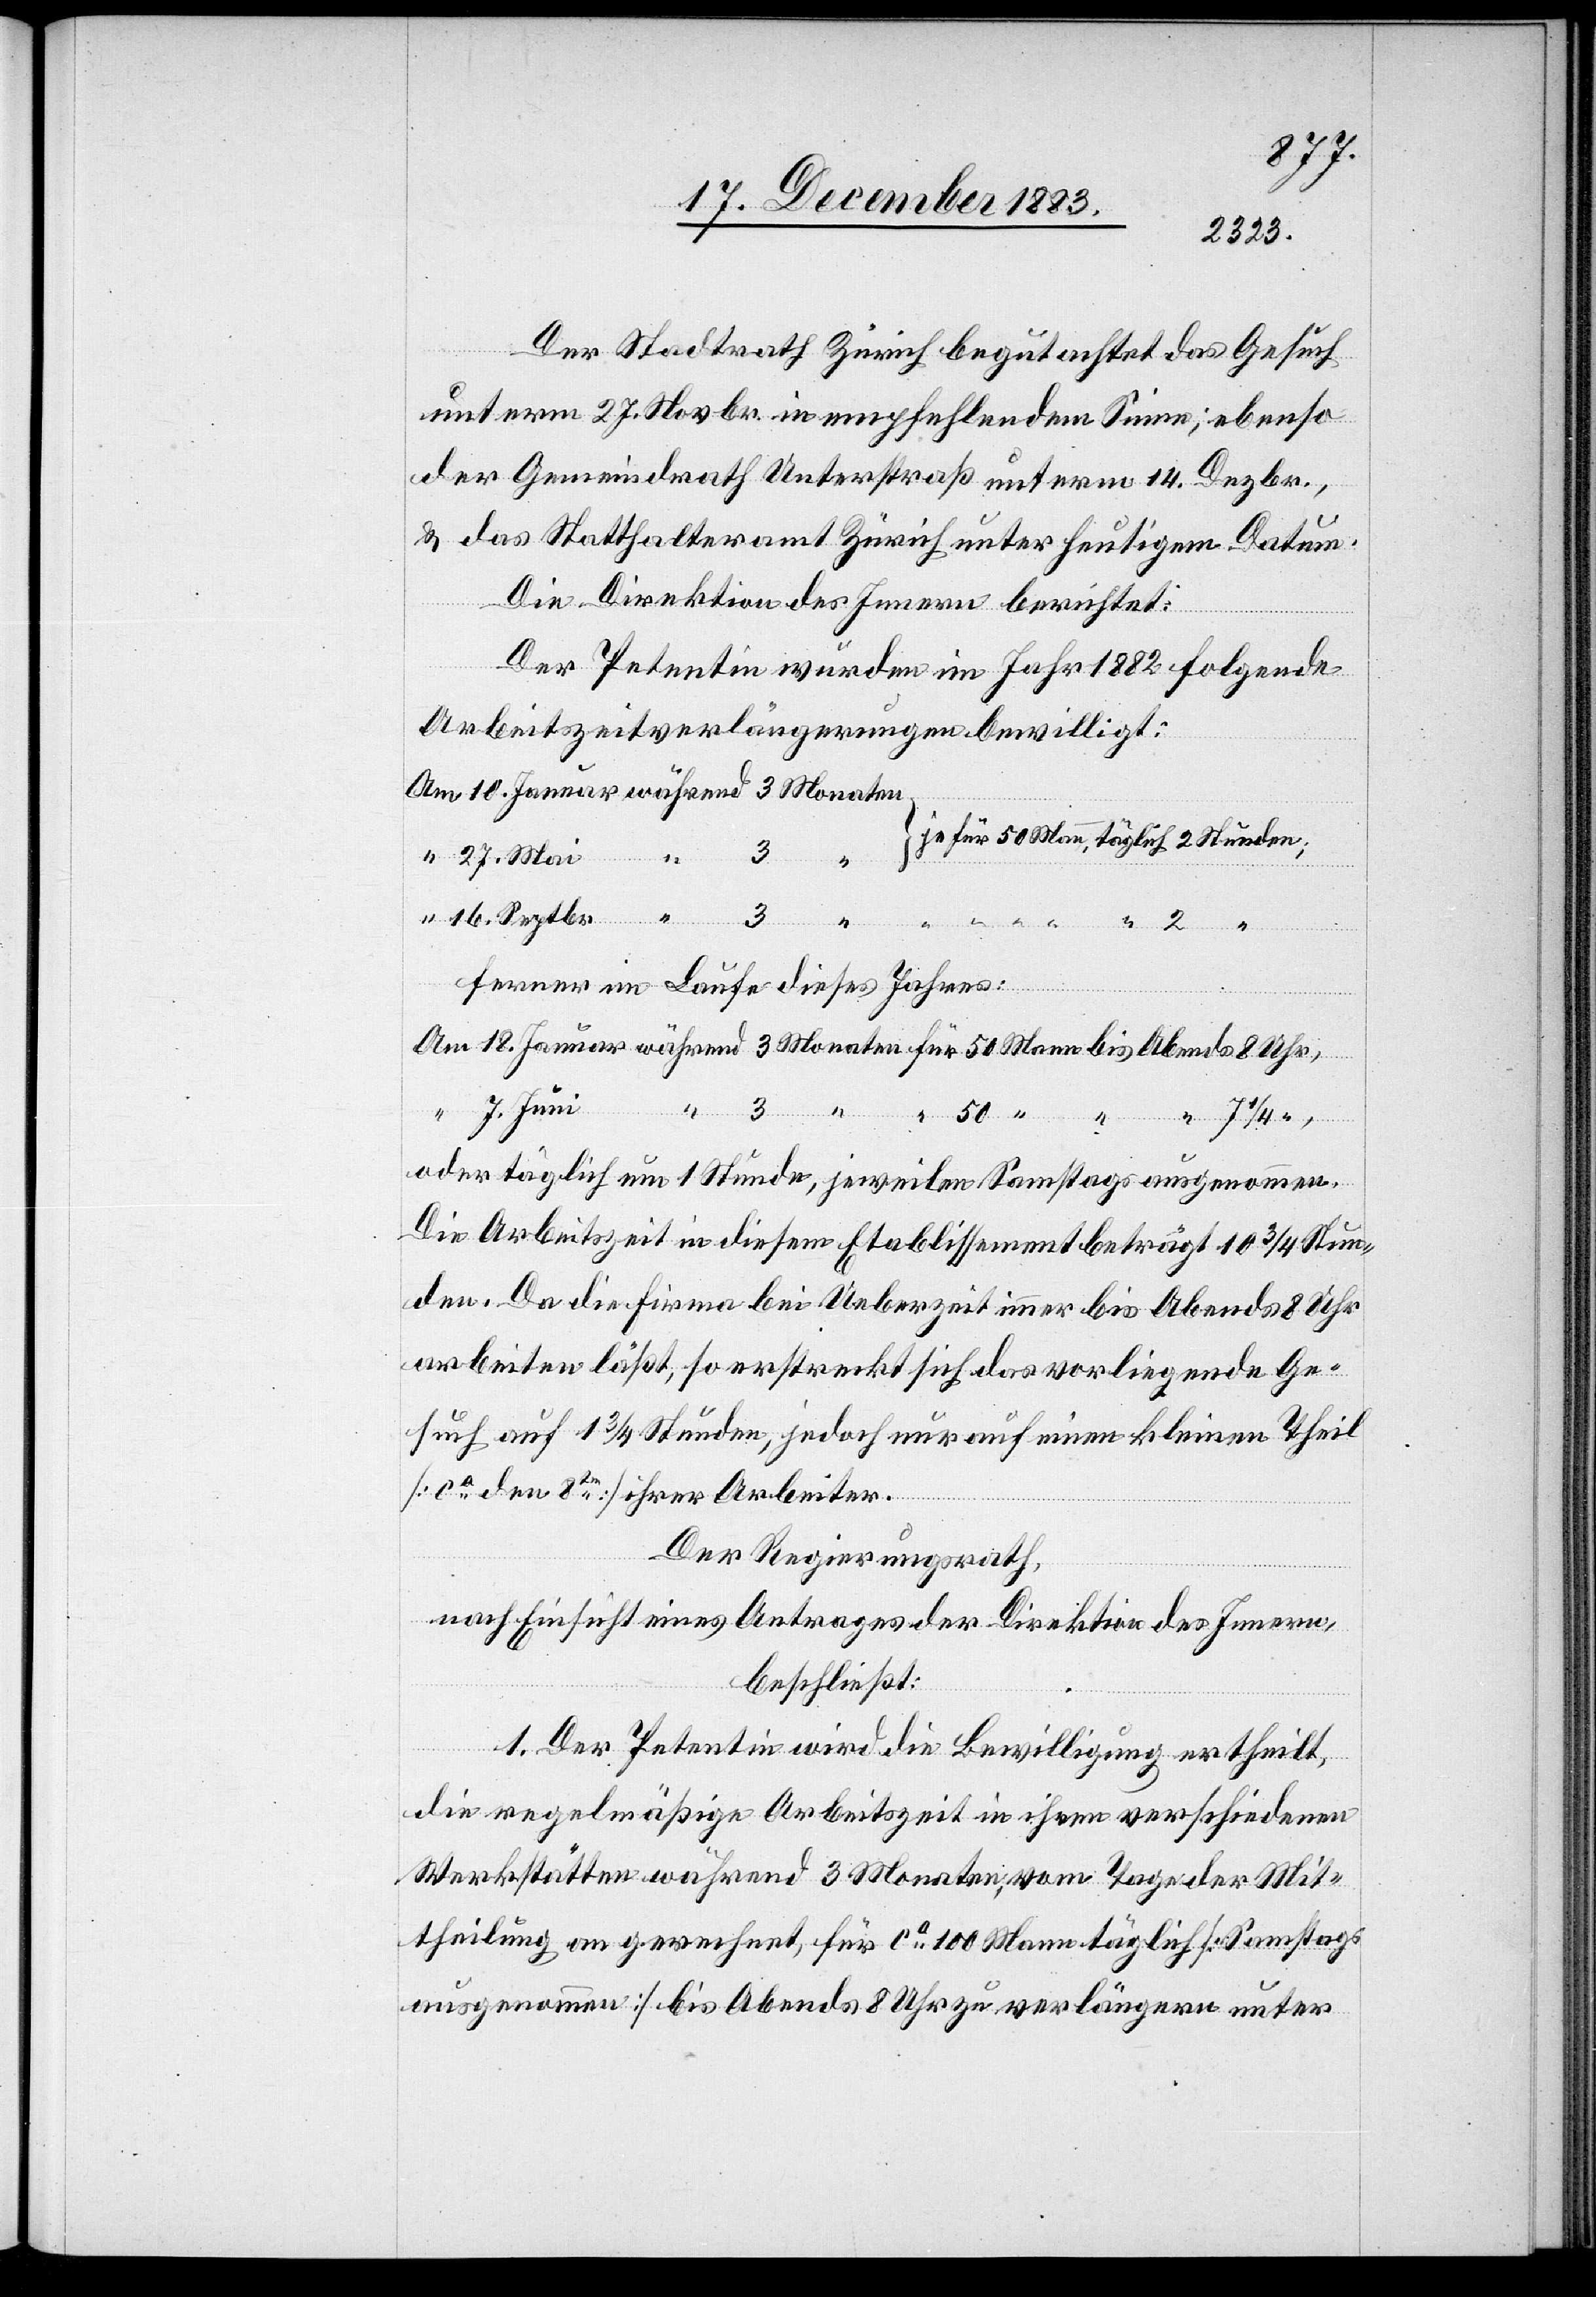
27.
Der Stadtrath Zürich begutachtet das Gesuch
unterm 27. Novbr. in empfehlendem Sinne; ebenso
der Gemeindrath Unterstraß unterm 14. Dezbr.,
& das Statthalteramt Zürich unter heutigem Datum.
Die Direktion des Innern berichtet:
Der Petentin wurden im Jahr 1882 folgende
Arbeitszeitverlängerungen bewilligt:
Ferner im Laufe dieses Jahres:
“
oder täglich um 1 Stunde, jeweilen Samstags ausgenommen.
Die Arbeitszeit in diesem Etablissement beträgt 10 3/4 Stun¬
den. Da die Firma bei Ueberzeit immer bis Abends 8 Uhr
arbeiten läßt, so erstreckt sich das vorliegende Ge¬
such auf 1 3/4 Stunden, jedoch nur auf einen kleinen Theil
[ca den 8ten] ihrer Arbeiter.
Der Regierungsrath,
nach Einsicht eines Antrages der Direktion des Innern,
beschließt:
1. Der Petentin wird die Bewilligung ertheilt,
die regelmäßige Arbeitszeit in ihren verschiedenen
Werkstätten während 3 Monaten, vom Tage der Mit¬
theilung an gerechnet, für ca 100 Mann täglich [Samstags
ausgenommen] bis Abends 8 Uhr zu verlängern unter